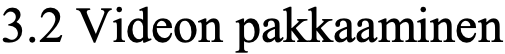
3.2 Videon pakkaaminen